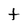
Character: t